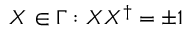
X \in \Gamma : X X ^ { \dagger } = \pm 1